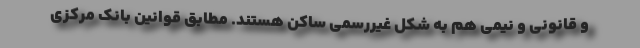
و قانونی و نیمی هم به شکل غیررسمی ساکن هستند. مطابق قوانین بانک مرکزی